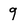
Character: q